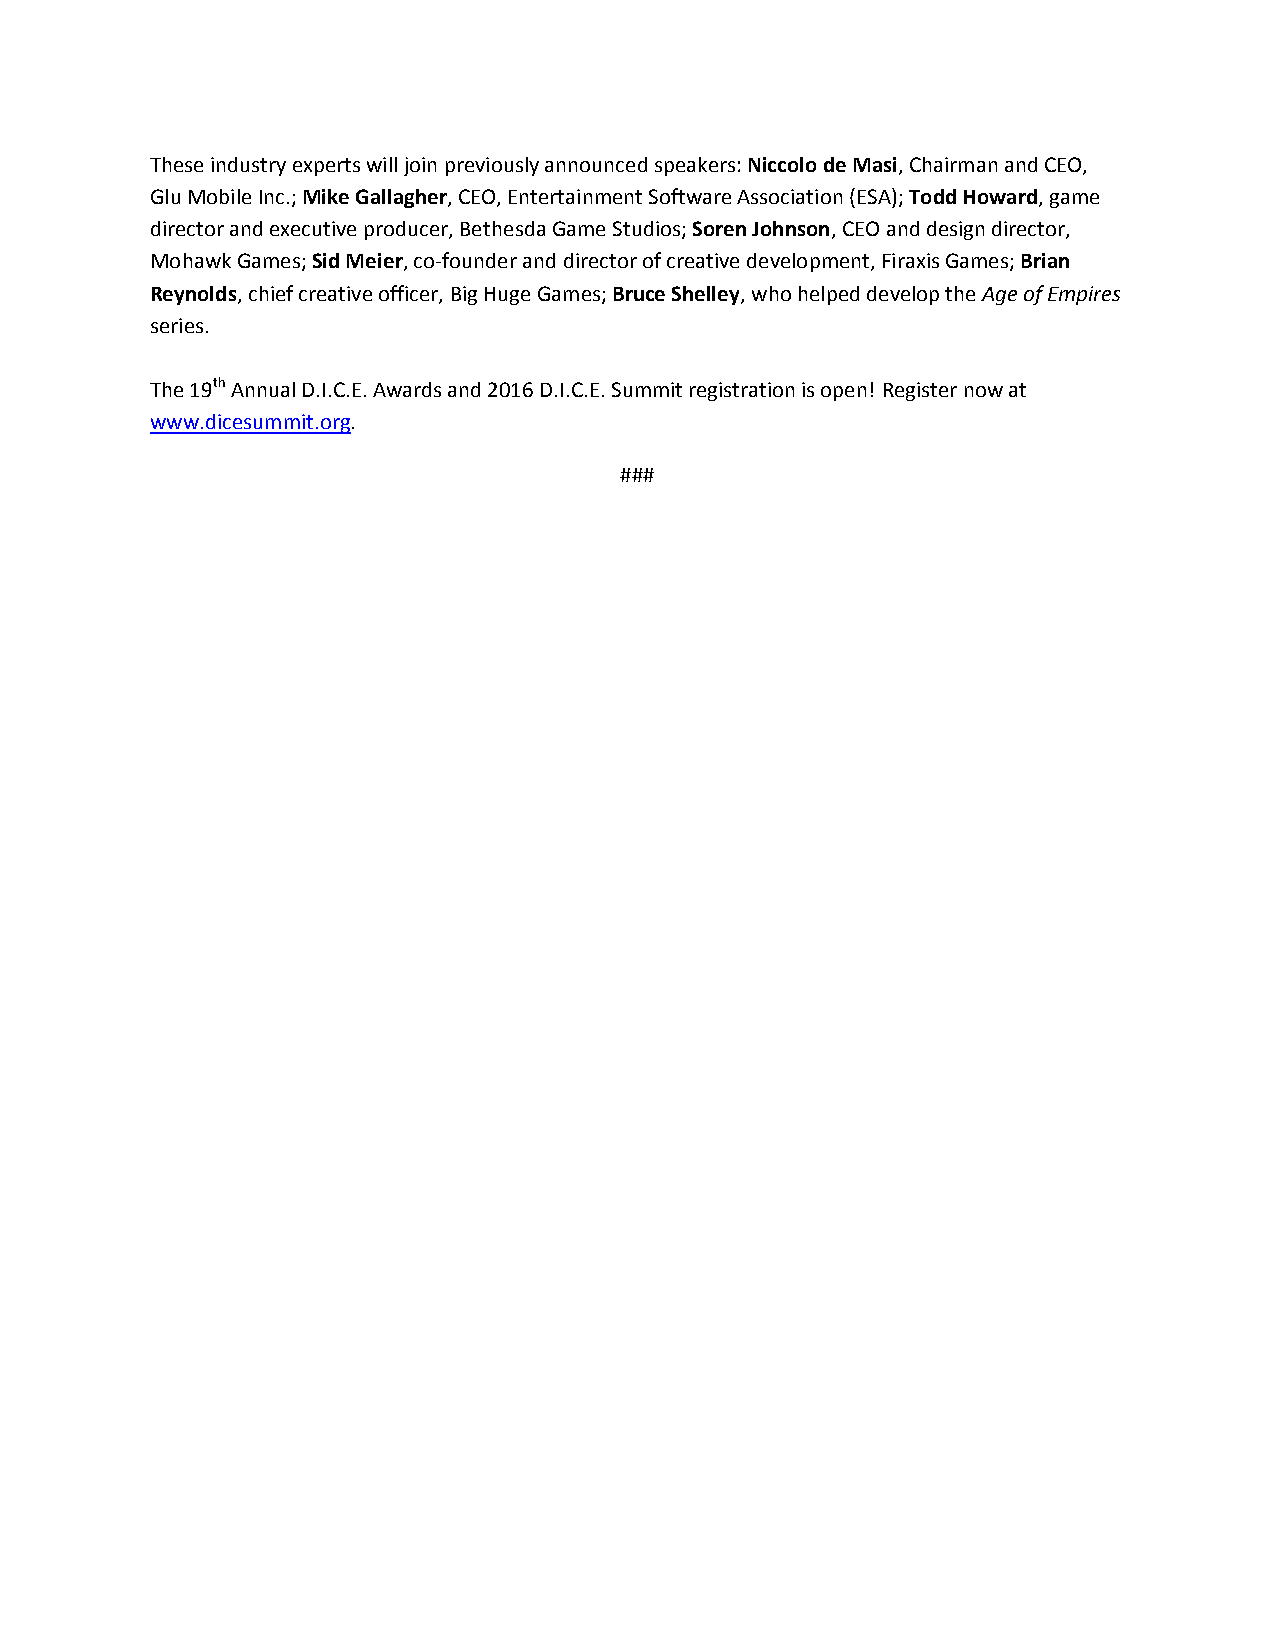
These industry experts will join previously announced speakers: Niccolo de Masi, Chairman and CEO,
 Glu Mobile Inc.; Mike Gallagher, CEO, Entertainment Software Association (ESA); Todd Howard, game
 director and executive producer, Bethesda Game Studios; Soren Johnson, CEO and design director,
 Mohawk Games; Sid Meier, co-founder and director of creative development, Firaxis Games; Brian
 Reynolds, chief creative officer, Big Huge Games; Bruce Shelley, who helped develop the Age of Empires
 series.
 The 19th Annual D.I.C.E. Awards and 2016 D.I.C.E. Summit registration is open! Register now at
 www.dicesummit.org.
 ###